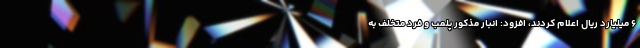
۶ میلیارد ریال اعلام کردند، افزود: انبار مذکور پلمب و فرد متخلف به